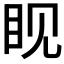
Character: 𪾢